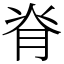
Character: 脊